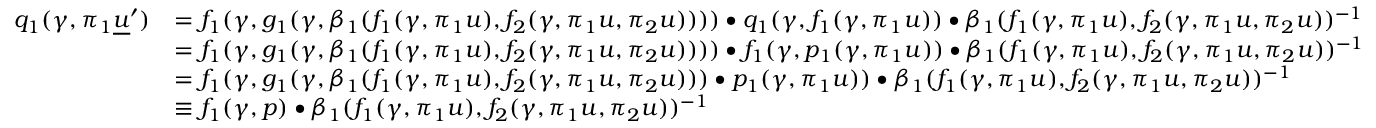
\begin{array} { r l } { q _ { 1 } ( \gamma , \pi _ { 1 } \underline { { u } } ^ { \prime } ) } & { = f _ { 1 } ( \gamma , g _ { 1 } ( \gamma , \beta _ { 1 } ( f _ { 1 } ( \gamma , \pi _ { 1 } u ) , f _ { 2 } ( \gamma , \pi _ { 1 } u , \pi _ { 2 } u ) ) ) ) \bullet q _ { 1 } ( \gamma , f _ { 1 } ( \gamma , \pi _ { 1 } u ) ) \bullet \beta _ { 1 } ( f _ { 1 } ( \gamma , \pi _ { 1 } u ) , f _ { 2 } ( \gamma , \pi _ { 1 } u , \pi _ { 2 } u ) ) ^ { - 1 } } \\ & { = f _ { 1 } ( \gamma , g _ { 1 } ( \gamma , \beta _ { 1 } ( f _ { 1 } ( \gamma , \pi _ { 1 } u ) , f _ { 2 } ( \gamma , \pi _ { 1 } u , \pi _ { 2 } u ) ) ) ) \bullet f _ { 1 } ( \gamma , p _ { 1 } ( \gamma , \pi _ { 1 } u ) ) \bullet \beta _ { 1 } ( f _ { 1 } ( \gamma , \pi _ { 1 } u ) , f _ { 2 } ( \gamma , \pi _ { 1 } u , \pi _ { 2 } u ) ) ^ { - 1 } } \\ & { = f _ { 1 } ( \gamma , g _ { 1 } ( \gamma , \beta _ { 1 } ( f _ { 1 } ( \gamma , \pi _ { 1 } u ) , f _ { 2 } ( \gamma , \pi _ { 1 } u , \pi _ { 2 } u ) ) ) \bullet p _ { 1 } ( \gamma , \pi _ { 1 } u ) ) \bullet \beta _ { 1 } ( f _ { 1 } ( \gamma , \pi _ { 1 } u ) , f _ { 2 } ( \gamma , \pi _ { 1 } u , \pi _ { 2 } u ) ) ^ { - 1 } } \\ & { \equiv f _ { 1 } ( \gamma , p ) \bullet \beta _ { 1 } ( f _ { 1 } ( \gamma , \pi _ { 1 } u ) , f _ { 2 } ( \gamma , \pi _ { 1 } u , \pi _ { 2 } u ) ) ^ { - 1 } } \end{array}